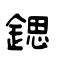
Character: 鍶